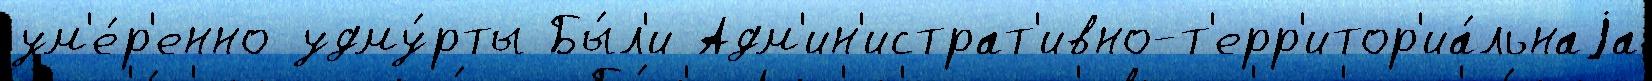
ум'е́р'енно удму́рты Бы́л'и Адм'ин'истрат'ивно-т'ерр'итор'иа́льнаjа